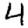
Digit: 4